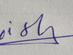
Signature authenticity: genuine